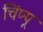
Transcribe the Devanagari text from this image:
चिंप्पू